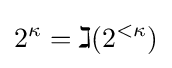
2^{\kappa }=\gimel (2^{<\kappa })